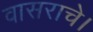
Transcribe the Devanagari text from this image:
वासराचे।